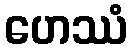
ဟေဿံ